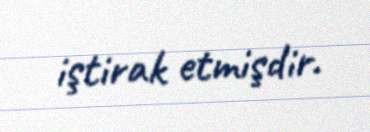
iştirak etmişdir.